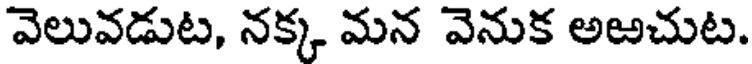
వెలువడుట, నక్క మన వెనుక అఱచుట.